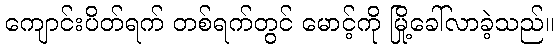
ကျောင်းပိတ်ရက် တစ်ရက်တွင် မောင့်ကို မြို့ခေါ်လာခဲ့သည်။